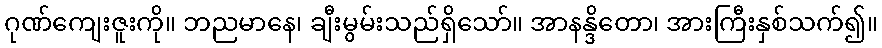
ဂုဏ်ကျေးဇူးကို။ ဘညမာနေ၊ ချီးမွမ်းသည်ရှိသော်။ အာနန္ဒိတော၊ အားကြီးနှစ်သက်၍။